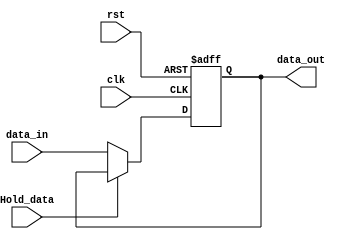
module pipeline_register #(parameter DATA_SIZE = 32)
(
	input wire 				   clk,
	input wire 				   rst,
	input wire 				   Hold_data,
	input wire [DATA_SIZE-1:0] data_in,
	output reg [DATA_SIZE-1:0] data_out
);

	always @(posedge clk or posedge rst) begin
		if (rst) 
			data_out <= 'b0;

		else if (~Hold_data) 
				data_out <= data_in;
	end


endmodule